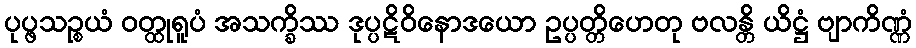
ပုပ္ဖသဉ္စယံ ဝတ္ထုရူပံ အသက္ခိဿ ဒုပ္ပဋိဝိနောဒယော ဥပ္ပတ္တိဟေတု ဗလန္တိ ယိဋ္ဌံ ဗျာကိဏ္ဏံ